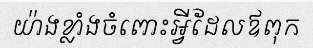
យ៉ាងខ្លាំងចំពោះអ្វីដែលឪពុក